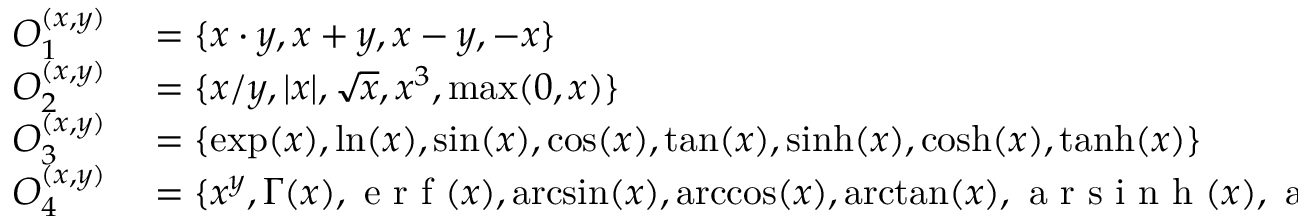
\begin{array} { r l } { O _ { 1 } ^ { ( x , y ) } } & { { } = \{ x \cdot y , x + y , x - y , - x \} } \\ { O _ { 2 } ^ { ( x , y ) } } & { { } = \{ x / y , \vert x \vert , \sqrt { x } , x ^ { 3 } , \operatorname* { m a x } ( 0 , x ) \} } \\ { O _ { 3 } ^ { ( x , y ) } } & { { } = \{ \exp ( x ) , \ln ( x ) , \sin ( x ) , \cos ( x ) , \tan ( x ) , \sinh ( x ) , \cosh ( x ) , \operatorname { t a n h } ( x ) \} } \\ { O _ { 4 } ^ { ( x , y ) } } & { { } = \{ x ^ { y } , \Gamma ( x ) , \mathrm { ~ e ~ r ~ f ~ } ( x ) , \arcsin ( x ) , \operatorname { a r c c o s } ( x ) , \arctan ( x ) , \mathrm { ~ a ~ r ~ s ~ i ~ n ~ h ~ } ( x ) , \mathrm { ~ a ~ r ~ c ~ o ~ s ~ h ~ } ( x ) , \mathrm { ~ a ~ r ~ t ~ a ~ n ~ h ~ } ( x ) \} } \end{array}